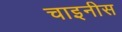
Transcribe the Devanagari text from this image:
चाइनीस